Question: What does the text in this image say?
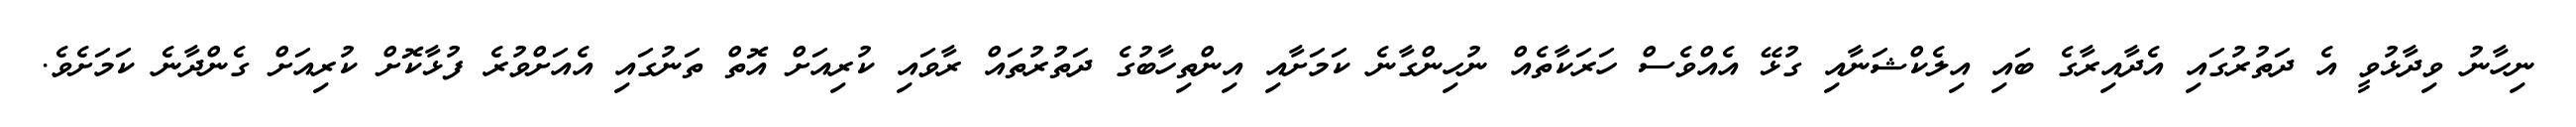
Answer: ނިހާނު ވިދާޅުވީ އެ ދަތުރުގައި އެދާއިރާގެ ބައި އިލެކްޝަނާއި ގުޅޭ އެއްވެސް ހަރަކާތެއް ނުހިންގާނެ ކަމަށާއި އިންތިހާބުގެ ދަތުރުތައް ރާވައި ކުރިއަށް އޮތް ތަނުގައި އެއަށްވުރެ ފުޅާކޮށް ކުރިއަށް ގެންދާނެ ކަމަށެވެ.